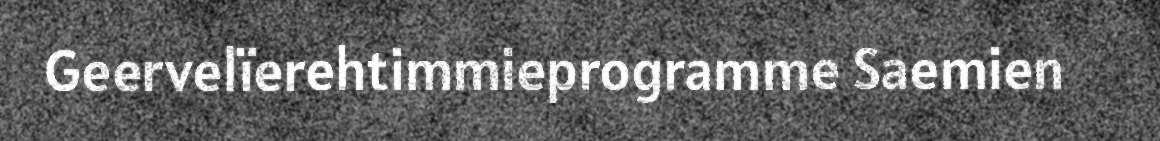
Geervelïerehtimmieprogramme Saemien